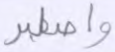
واصطبر